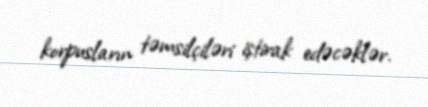
korpusların təmsilçiləri iştirak edəcəklər.